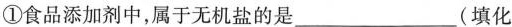
①食品添加剂中，属于无机盐的是___(填化